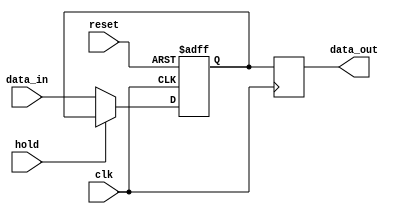
module hold_condition(
    input wire clk,                 // Clock signal
    input wire reset,               // Reset signal
    input wire hold,                // Hold control signal
    input wire [7:0] data_in,       // Data input
    output reg [7:0] data_out       // Data output
);

// State variable to hold the current output value
reg [7:0] current_state;

// Always block triggered on the rising edge of the clock
always @(posedge clk or posedge reset) begin
    if (reset) begin
        // Initialize the output to a predefined value on reset
        current_state <= 8'b00000000; // Example reset value
    end else if (hold) begin
        // Retain the current output value if hold condition is active
        current_state <= current_state; // No change
    end else begin
        // Update the output based on the input data if hold is inactive
        current_state <= data_in;
    end
end

// Assign the current state to the output
always @(posedge clk) begin
    data_out <= current_state;
end

endmodule